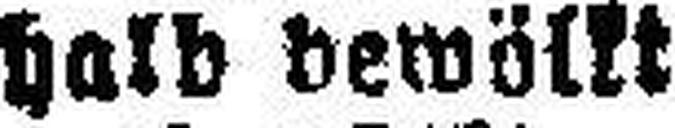
halb bewölkt